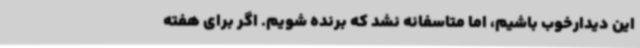
این دیدارخوب باشیم، اما متاسفانه نشد که برنده شویم. اگر برای هفته